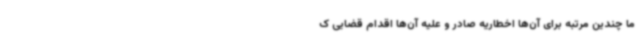
ما چندین مرتبه برای آن‌ها اخطاریه صادر و علیه آن‌ها اقدام قضایی ک